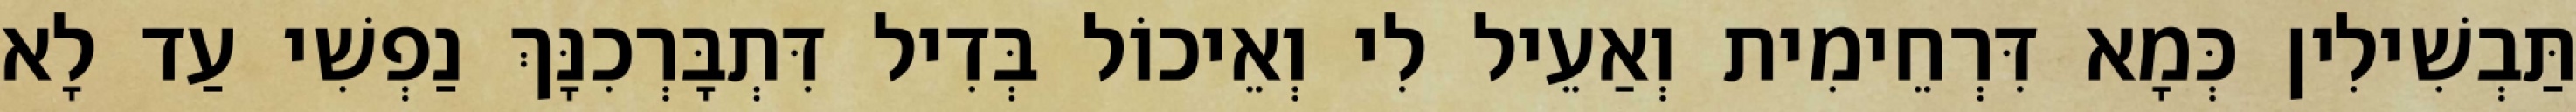
תַּבְשִׁילִין כְּמָא דִּרְחֵימִית וְאַעֵיל לִי וְאֵיכוֹל בְּדִיל דִּתְבָּרְכִנָּךְ נַפְשִׁי עַד לָא